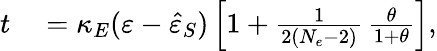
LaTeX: \begin{array}{rl}{t}&{{}=\kappa_{E}(\varepsilon-\hat{\varepsilon}_{S})\left[1+\frac{1}{2(N_{e}-2)}\, \frac{\theta}{1+\theta}\right],}\end{array}